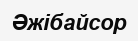
Әжібайсор